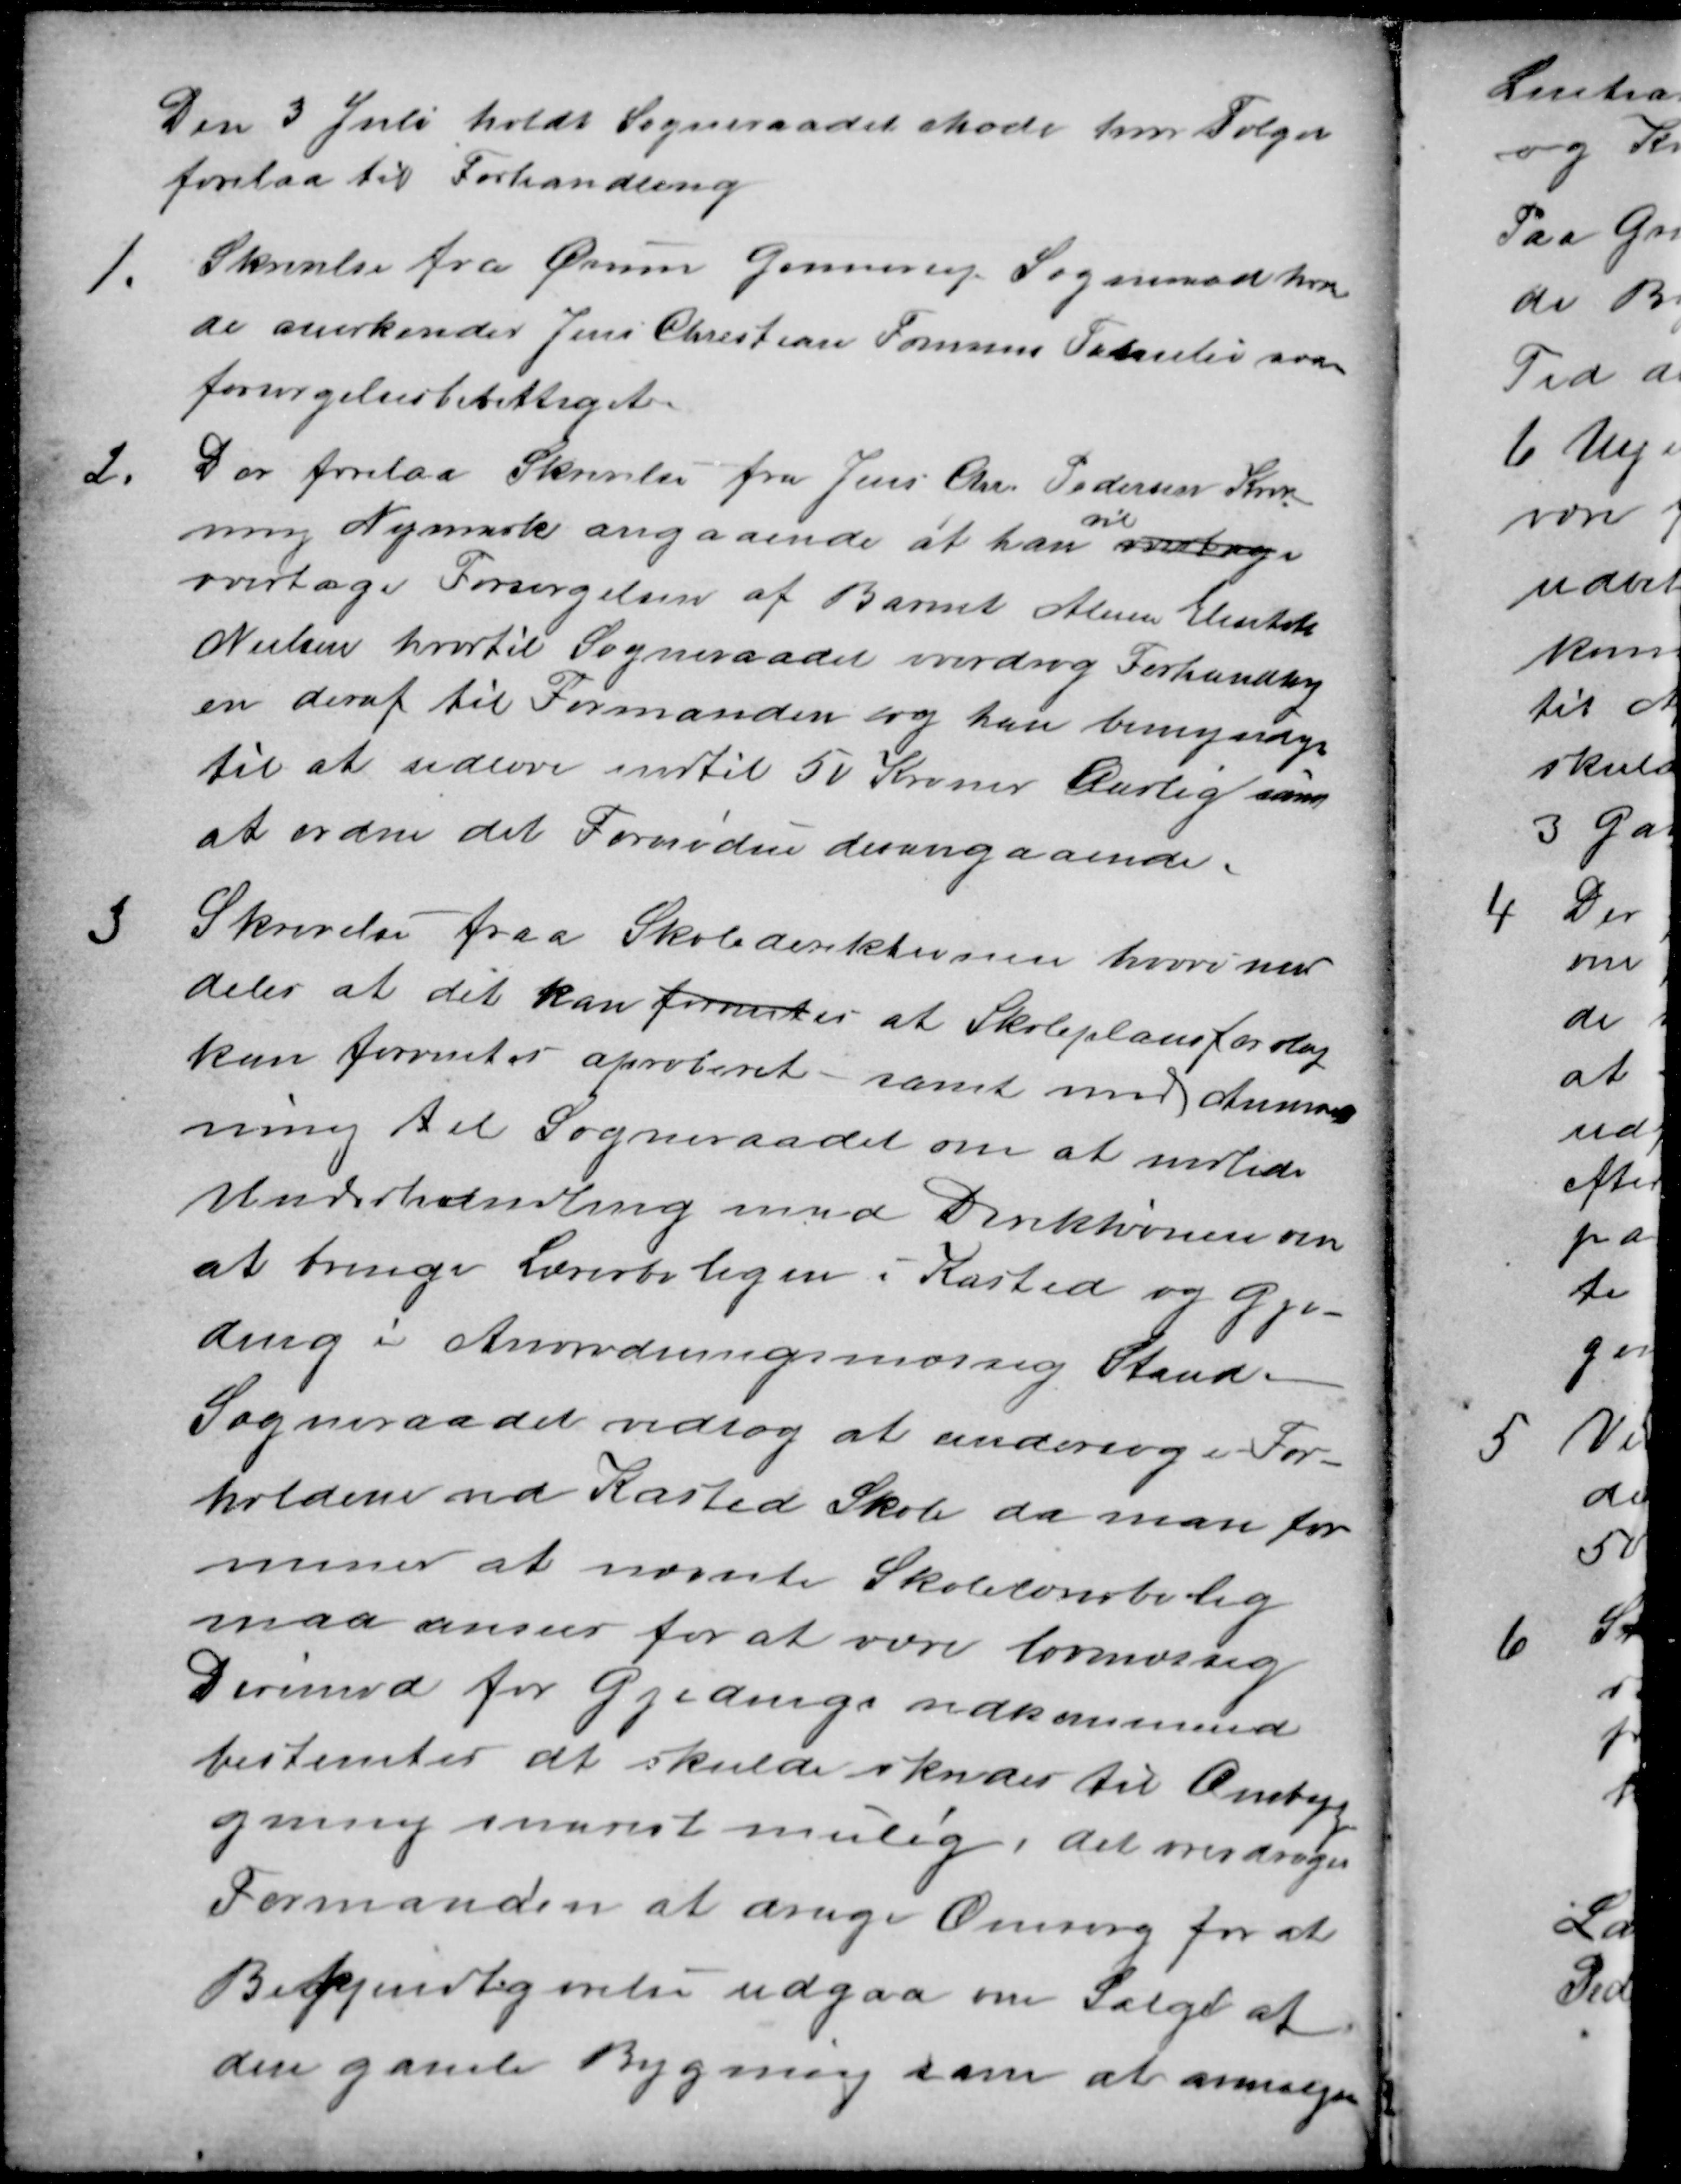
Transskription:
Den 3 Juli holdt Sogneraadet Møde hvor Følgen
forelaa til Forhandling
1.
Skrivelse fra Ørum Ginnerup Sogneraad hvor
de anerkender Jens Christian Tomsens Familie som
forsørgelsesberettiget.
2.
Der forelaa Skrivelse fra Jens Chr. Pedersen Kron
ning Nymark angaaende at han
vil
overtage
overtage Forsørgelsen af Barnet Alma Elisabeth
Nielsen hvortil Sogneraadet overdrog Forhandling
en deraf til Formanden og han bemyndiges
til at udlove indtil 50 Kroner Aarlig samt
at ordne det Fornødne desangaaende.
3
Skrivelse paa Skoledirektionen hvori med
deles at det kan forventes at Skoleplansforslag
kan forventes aproberet - samt med Anmod-
ning til Sogneraadet om at indlede
Underhandling med Direktionen om
at bringe Lærerboligen i Kasted og Gje-
ding i Anordningsmæssig Stand-
Sogneraadet vedtog at undersøge For-
holdene ved Kasted Skole da man for
mener at nævnte Skolelærerbolig
maa anses for at være lovmæssig
Derimod for Gjedings vedkommende
bestemtes at skulde skrides til Ombyg
gning snarest mulig, det overdroges
Formanden at drage Omsorg for at
Bekjendtgørelse udgaa om Salget af
den gamle Bygning sam at anmælge